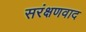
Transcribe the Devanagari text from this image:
सरंक्षणवाद